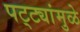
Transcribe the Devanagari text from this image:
पट्ट्यांमुळे